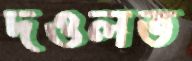
দওলত